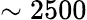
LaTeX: \sim 2500